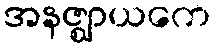
အနဇ္ဈာယကေ